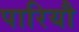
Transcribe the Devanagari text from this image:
पारियौ